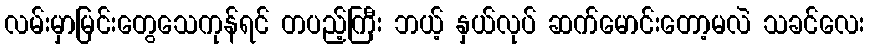
လမ်းမှာမြင်းတွေသေကုန်ရင် တပည့်ကြီး ဘယ့် နှယ်လုပ် ဆက်မောင်းတော့မလဲ သခင်လေး